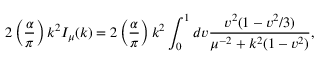
2 \left( \frac { \alpha } { \pi } \right) k ^ { 2 } I _ { \mu } ( k ) = 2 \left( \frac { \alpha } { \pi } \right) k ^ { 2 } \int _ { 0 } ^ { 1 } d v \frac { v ^ { 2 } ( 1 - v ^ { 2 } / 3 ) } { \mu ^ { - 2 } + k ^ { 2 } ( 1 - v ^ { 2 } ) } ,